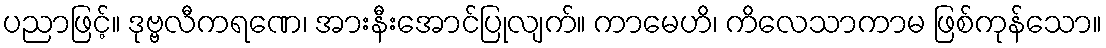
ပညာဖြင့်။ ဒုဗ္ဗလီကရဏေ၊ အားနီးအောင်ပြုလျက်။ ကာမေဟိ၊ ကိလေသာကာမ ဖြစ်ကုန်သော။